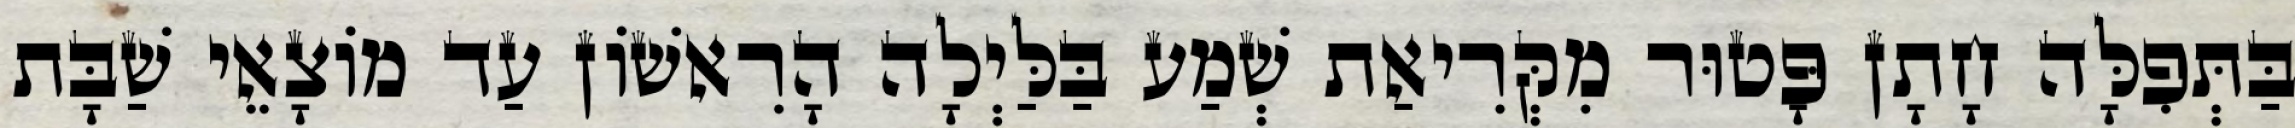
בַּתְּפִלָּה חָתָן פָּטוּר מִקְּרִיאַת שְׁמַע בַּלַּיְלָה הָרִאשׁוֹן עַד מוֹצָאֵי שַׁבָּת